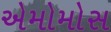
એમોમોસ